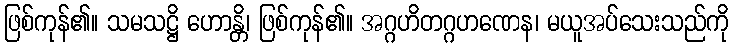
ဖြစ်ကုန်၏။ သမသဋ္ဌိ ဟောန္တိ၊ ဖြစ်ကုန်၏။ အဂ္ဂဟိတဂ္ဂဟဏေန၊ မယူအပ်သေးသည်ကို